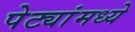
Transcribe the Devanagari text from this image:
पेट्यांमध्ये